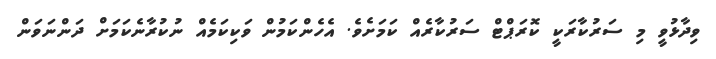
ވިދާޅުވީ މި ސަރުކާރަކީ ކޮރަޕްޓް ސަރުކާރެއް ކަމަށެވެ. އެހެންކަމުން ވަކިކަމެއް ނުކުރާނެކަމަށް ދަންނަވަން